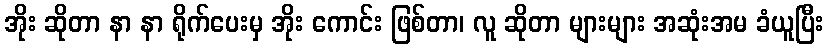
အိုး ဆိုတာ နာ နာ ရိုက်ပေးမှ အိုး ကောင်း ဖြစ်တာ၊ လူ ဆိုတာ များများ အဆုံးအမ ခံယူပြီး